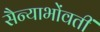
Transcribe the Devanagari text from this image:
सैन्याभोंवतीं